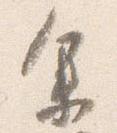
余